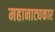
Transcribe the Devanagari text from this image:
महानाट्यकार